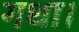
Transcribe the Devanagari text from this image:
गधा।